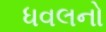
ધવલનો